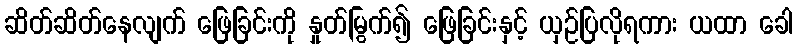
ဆိတ်ဆိတ်နေလျက် ဖြေခြင်းကို နှုတ်မြွက်၍ ဖြေခြင်းနှင့် ယှဉ်ပြလိုရကား ယထာ ခေါ